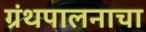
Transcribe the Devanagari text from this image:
ग्रंथपालनाचा